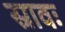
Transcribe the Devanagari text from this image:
स्रावः